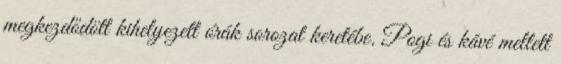
megkezdődött kihelyezett órák sorozat keretébe. Pogi és kávé mellett